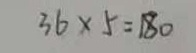
3 6 \times 5 = 1 8 0